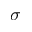
\sigma